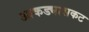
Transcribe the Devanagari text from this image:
आकड्यासकट